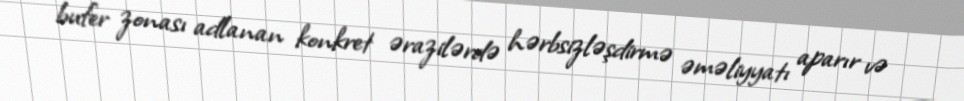
bufer zonası adlanan konkret ərazilərdə hərbsizləşdirmə əməliyyatı aparır və